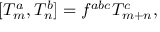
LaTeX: [ T _ { m } ^ { a } , T _ { n } ^ { b } ] = f ^ { a b c } T _ { m + n } ^ { c } ,